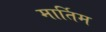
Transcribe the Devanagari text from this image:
मार्तिम